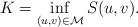
LaTeX: \begin{align*}\left.\begin{array}{ll}K=\inf\limits_{(u,v)\in\mathcal{M}}S(u,v).\end{array}\right.\end{align*}